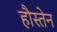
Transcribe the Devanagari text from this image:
हौस्तेन